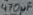
Text: 407µF